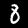
Label: 8